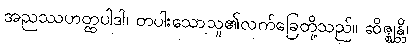
အညဿဟတ္ထပါဒါ၊ တပါးသောသူ၏လက်ခြေတို့သည်။ ဆိဇ္ဈန္တိ၊